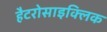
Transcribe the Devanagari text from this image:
हैटरोसाइक्लिक